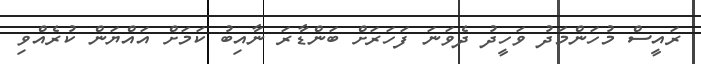
ރައީސް މުހަންމަދު ވަހީދު ދެވަނަ ފަހަރަށް ބަންޑާރަ ނާއިބު ކަމަށް އައްޔަން ކުރެއްވި